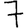
Digit: 7